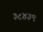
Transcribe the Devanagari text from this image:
३८४३९